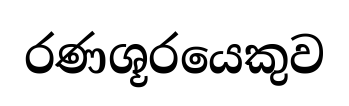
රණශූරයෙකුව